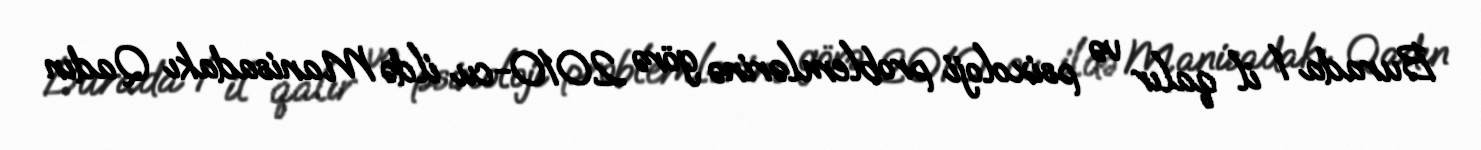
Burada 1 il qalır və psixoloji problemlərinə görə 2010-cu ildə Manisadakı Qadın